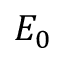
E _ { 0 }